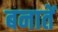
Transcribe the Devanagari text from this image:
बनातें